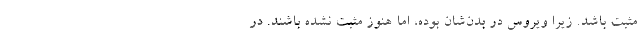
مثبت باشد. زیرا ویروس در بدن‌شان بوده، اما هنوز مثبت نشده باشند. در